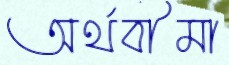
অর্থবীমা